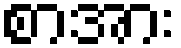
စာအား